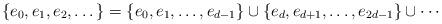
LaTeX: \begin{align*} \{e_0,e_1,e_2,\dots\} = \{e_0,e_1,\dots,e_{d-1}\} \cup \{e_d,e_{d+1},\dots,e_{2d-1}\} \cup \cdots\end{align*}